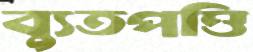
ব্যুতপত্তি